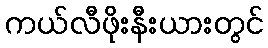
ကယ်လီဖိုးနီးယားတွင်